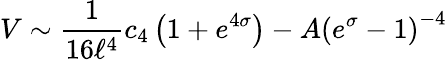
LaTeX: V\sim{\frac{1}{16\ell^{4}}}c_{4}\left(1+e^{4\sigma}\right)-A\left(e^{\sigma}-1\right)^{-4}